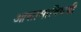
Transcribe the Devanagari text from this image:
आसामाविषयी